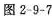
图2-9-7